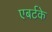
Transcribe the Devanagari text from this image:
एबर्टके